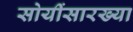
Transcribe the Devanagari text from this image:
सोयींसारख्या